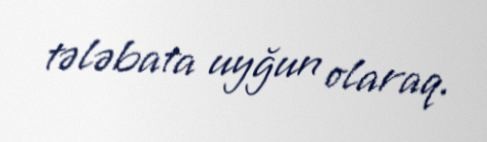
tələbata uyğun olaraq.